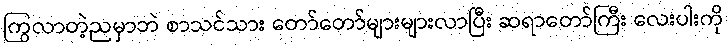
ကြွလာတဲ့ညမှာဘဲ စာသင်သား တော်တော်များများလာပြီး ဆရာတော်ကြီး လေးပါးကို